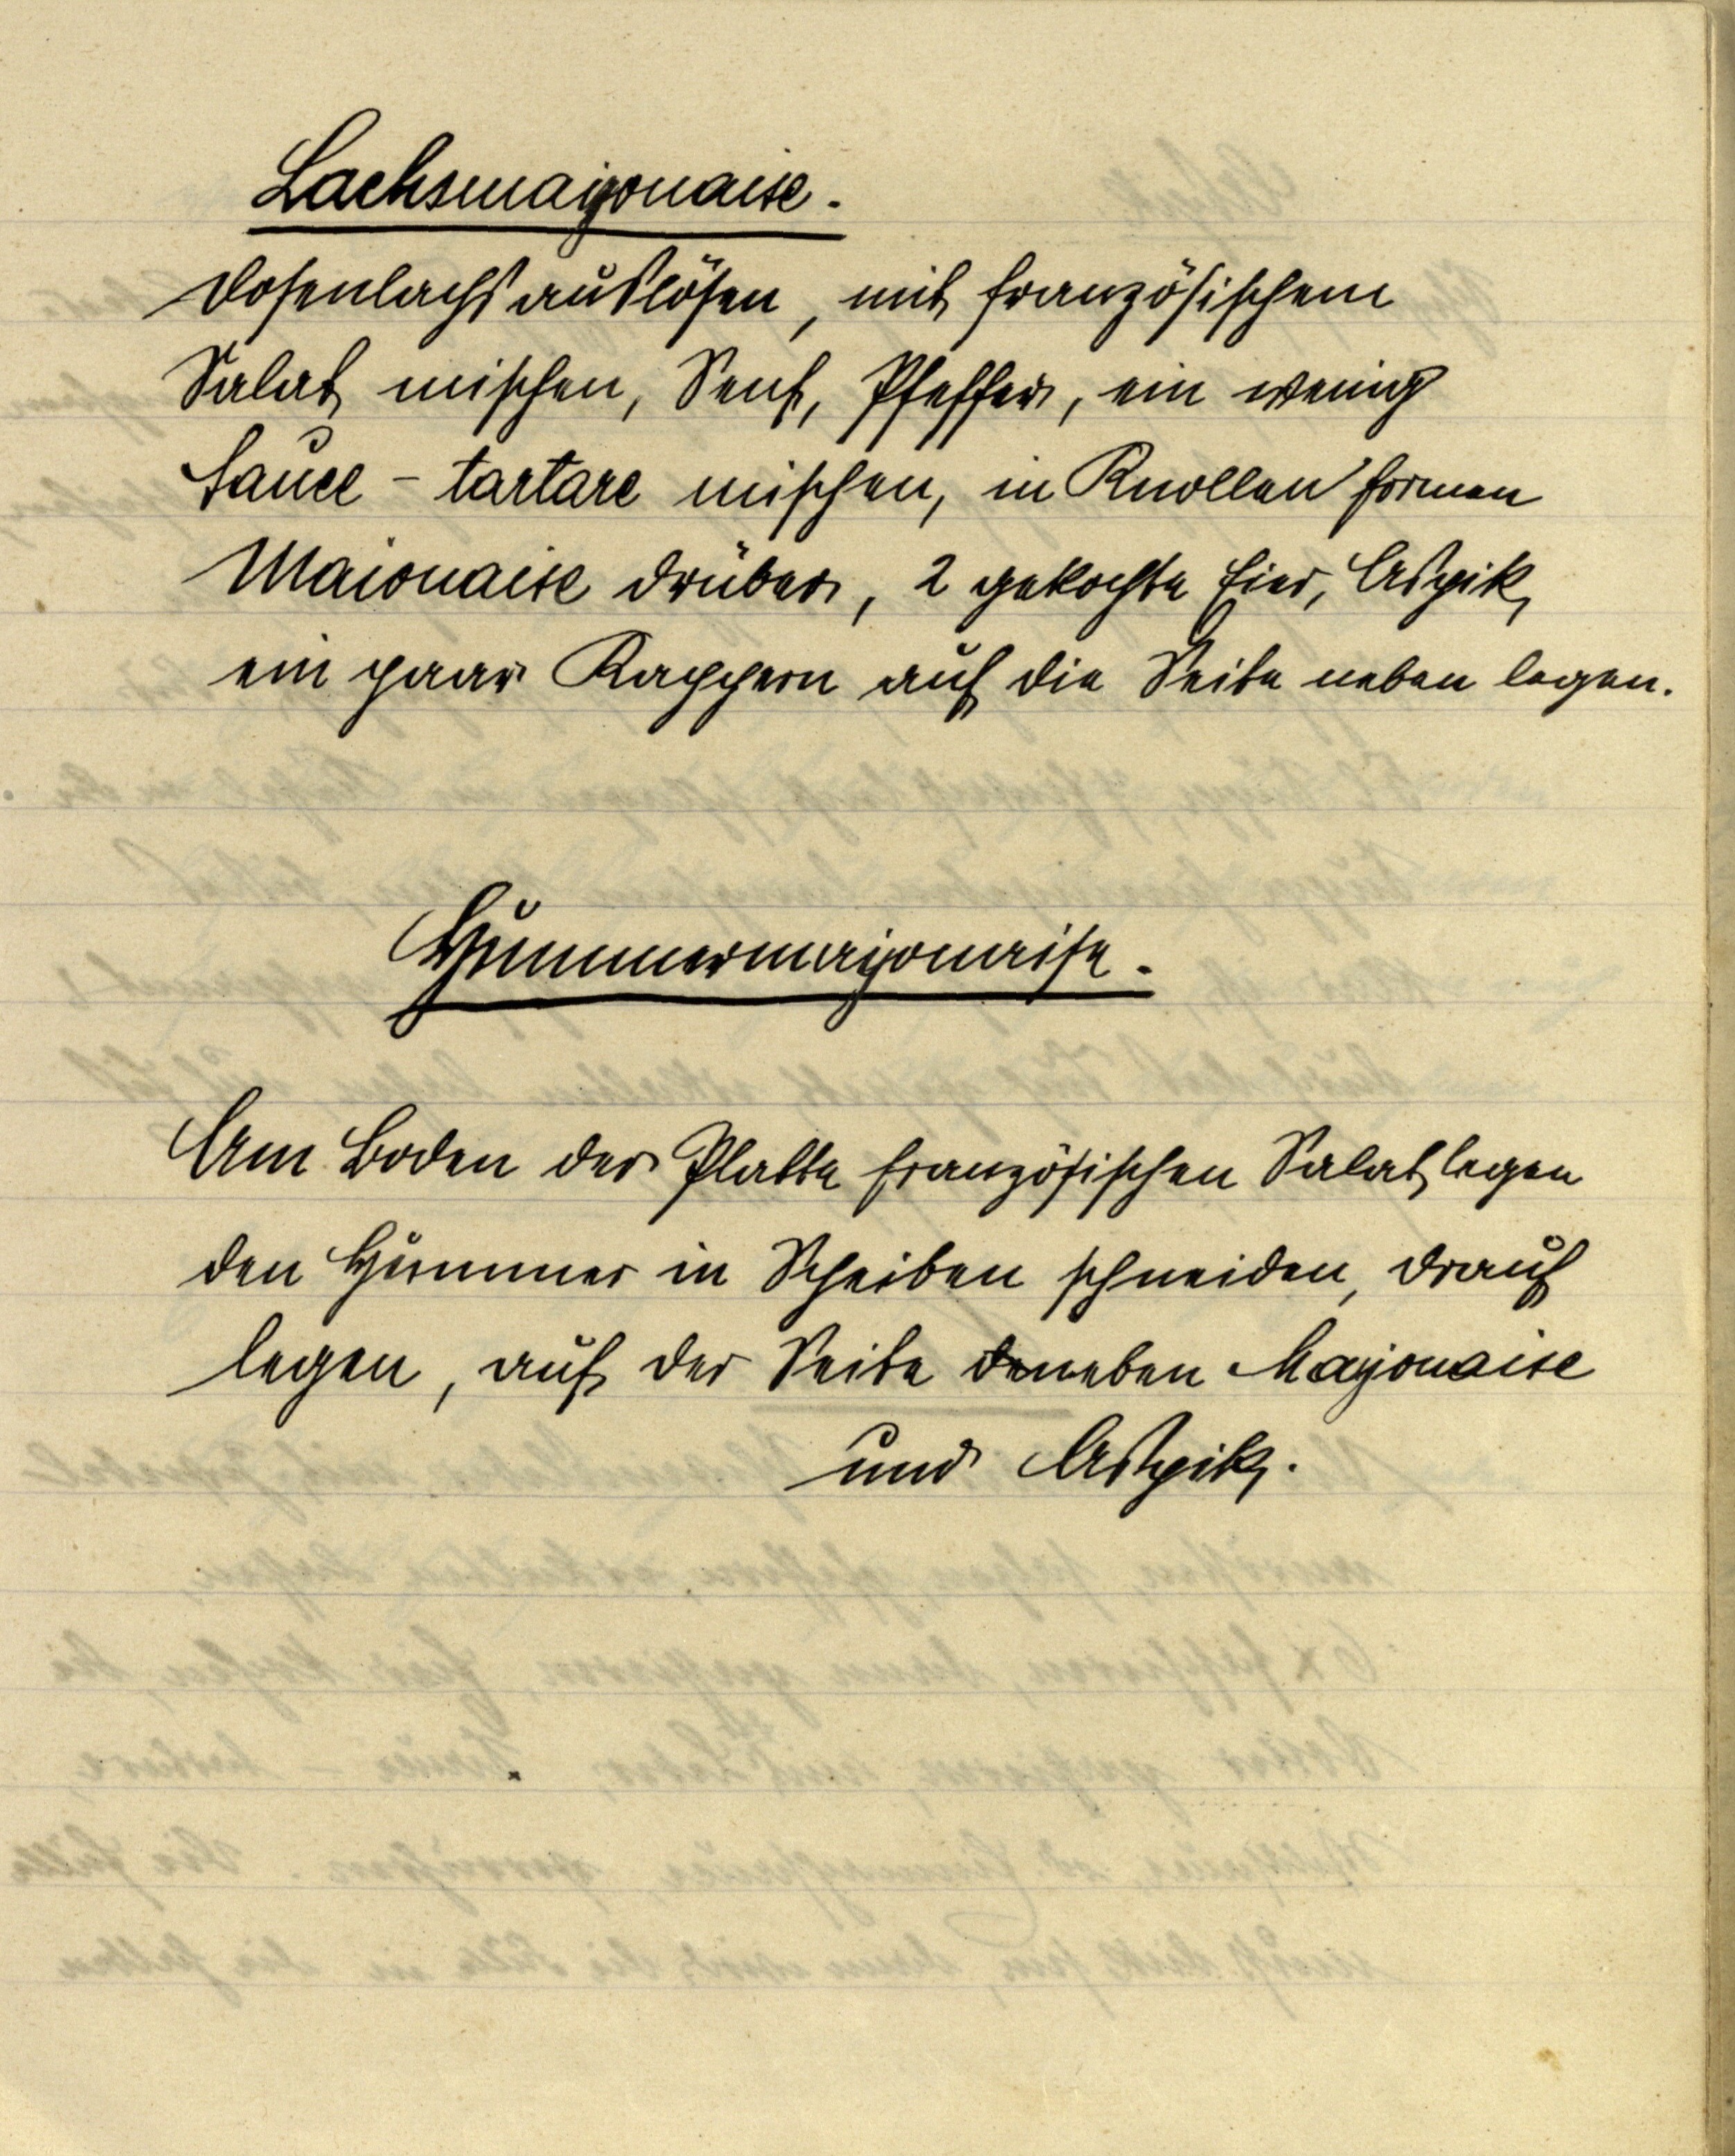
Lachsmayonaise.
Dosenlachs auslösen, mit französischem
Salat mischen, Senf, Pfeffer, ein wenig
Sauce-tartare mischen, in Knollenformen
Maionaise drüber, 2 gekochte Eier, Aspik,
ein paar Kappern auf die Seite neben legen.

Hummermayonaise.

Am Boden der Platte französischen Salat legen
den Hummer in Scheiben schneiden, drauf
legen, auf der Seite daneben Mayonaise
und Aßpik.